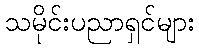
သမိုင်းပညာရှင်များ